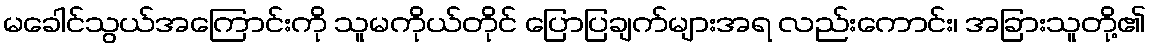
မခေါင်သွယ်အကြောင်းကို သူမကိုယ်တိုင် ပြောပြချက်များအရ လည်းကောင်း၊ အခြားသူတို့၏